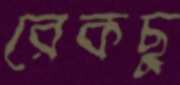
রেকছু